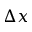
\Delta x